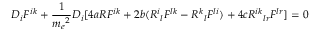
D _ { i } F ^ { i k } + \frac { 1 } { { m _ { e } } ^ { 2 } } D _ { i } [ 4 a R F ^ { i k } + 2 b ( { R ^ { i } } _ { l } F ^ { l k } - { R ^ { k } } _ { l } F ^ { l i } ) + 4 c { R ^ { i k } } _ { l r } F ^ { l r } ] = 0